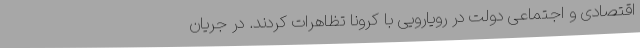
اقتصادی و اجتماعی دولت در رویارویی با کرونا تظاهرات کردند. در جریان